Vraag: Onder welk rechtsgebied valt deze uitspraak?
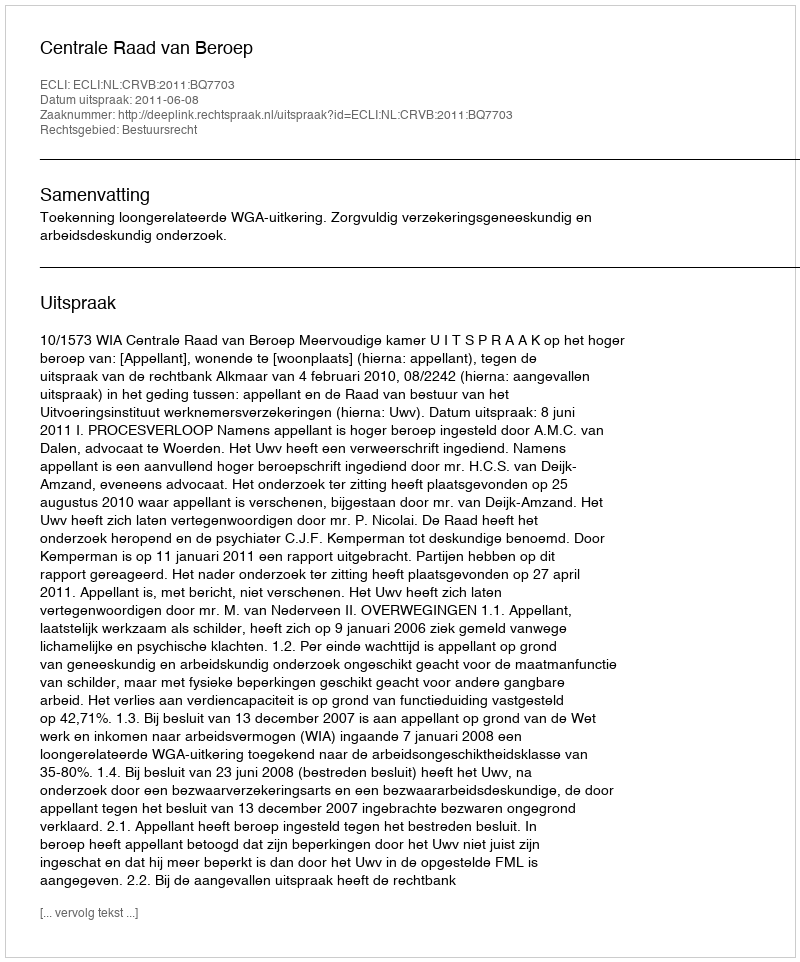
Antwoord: Bestuursrecht